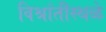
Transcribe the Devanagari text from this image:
विश्रांतीस्थळे